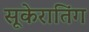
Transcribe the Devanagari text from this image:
सूकेरातिंग